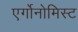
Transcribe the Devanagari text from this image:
एर्गोनोमिस्ट